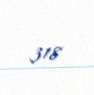
318